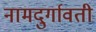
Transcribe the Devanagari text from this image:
नामदुर्गावती